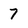
Character: 7